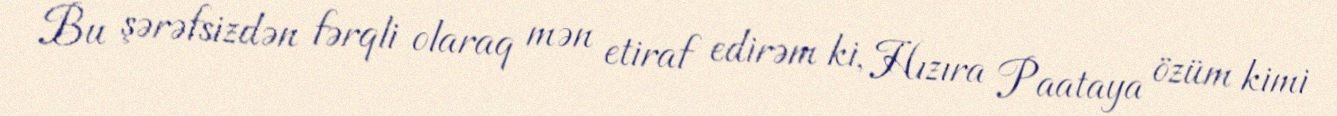
Bu şərəfsizdən fərqli olaraq mən etiraf edirəm ki, Hızıra Paataya özüm kimi